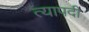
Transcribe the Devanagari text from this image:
त्यापदी